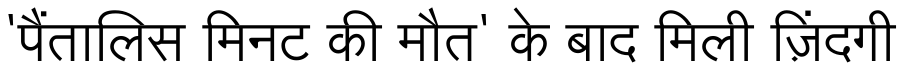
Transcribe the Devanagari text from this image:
'पैंतालिस मिनट की मौत' के बाद मिली ज़िंदगी